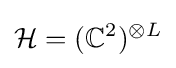
{\mathcal {H}}=(\mathbb {C} ^{2})^{\otimes L}